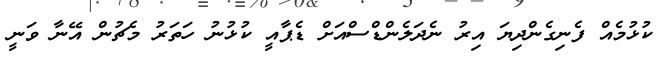
ކުޅުމެއް ފެނިގެންދިޔަ އިރު ނެދަލެންޑްސްއަށް ޑެޕާއީ ކުޅުނު ހަތަރު މެޗުން އޭނާ ވަނީ